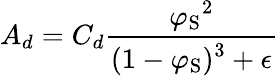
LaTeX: A_{d}=C_{d}\frac{\displaystyle{\varphi_{\mathrm{{S}}}}^{2}}{\displaystyle(1-\varphi_{\mathrm{{S}}})^{3}+\epsilon}